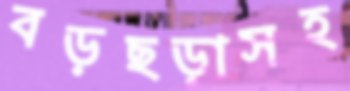
বড়ছড়াসহ